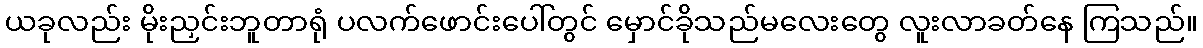
ယခုလည်း မိုးညှင်းဘူတာရုံ ပလက်ဖောင်းပေါ်တွင် မှောင်ခိုသည်မလေးတွေ လူးလာခတ်နေ ကြသည်။